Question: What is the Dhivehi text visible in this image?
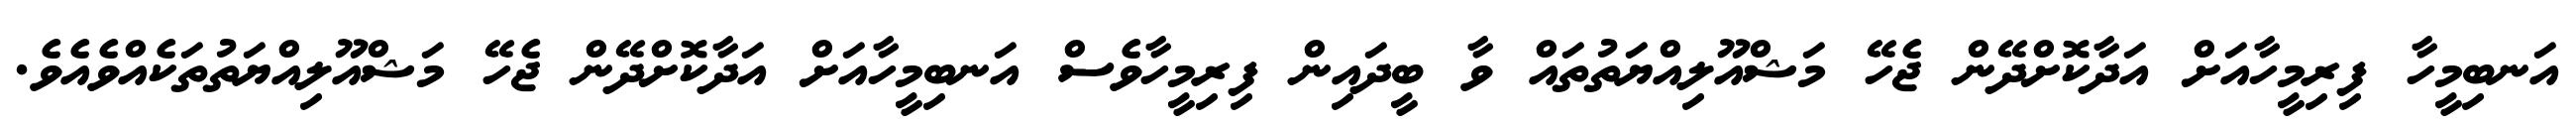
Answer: އަނބިމީހާ ފިރިމީހާއަށް އަދާކޮށްދޭން ޖެހޭ މަޝްއޫލިއްޔަތުތައް ވާ ބީދައިން ފިރިމީހާވެސް އަނބިމީހާއަށް އަދާކޮށްދޭން ޖެހޭ މަޝްއޫލިއްޔަތުތަކެއްވެއެވެ.